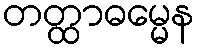
တတ္ထာဓမ္မေန